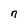
Character: n